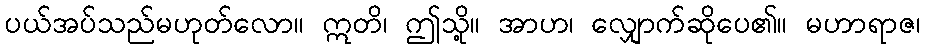
ပယ်အပ်သည်မဟုတ်လော။ ဣတိ၊ ဤသို့။ အာဟ၊ လျှောက်ဆိုပေ၏။ မဟာရာဇ၊